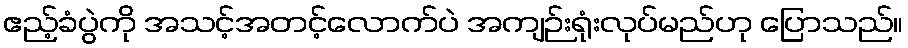
ဧည့်ခံပွဲကို အသင့်အတင့်လောက်ပဲ အကျဉ်းရုံးလုပ်မည်ဟု ပြောသည်။